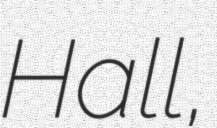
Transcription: Hall,